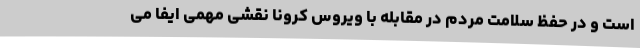
است و در حفظ سلامت مردم در مقابله با ویروس کرونا نقشی مهمی ایفا می